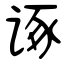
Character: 诼